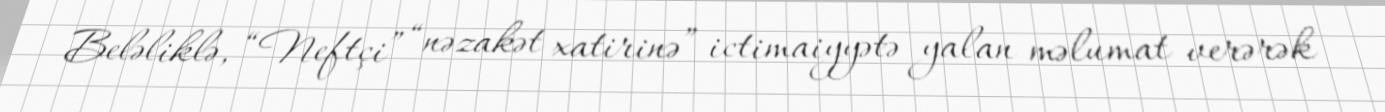
Beləliklə, “Neftçi” “nəzakət xatirinə” ictimaiyyətə yalan məlumat verərək